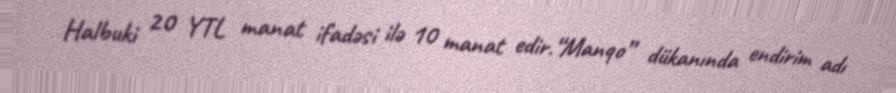
Halbuki 20 YTL manat ifadəsi ilə 10 manat edir.“Manqo” dükanında endirim adı